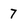
Character: 7